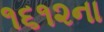
૧૬૧૨ના